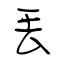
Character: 丟